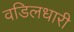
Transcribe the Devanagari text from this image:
वडिलधारी